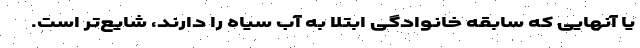
یا آنهایی که سابقه خانوادگی ابتلا به آب سیاه را دارند، شایع‌تر است.